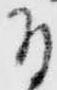
付